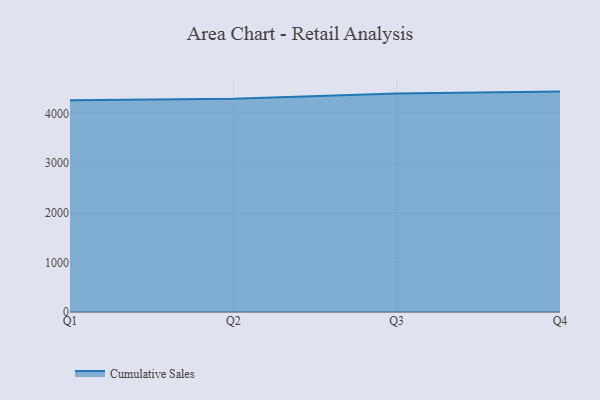
{"axis": {"x": "Quarter", "y": "Churn Rate (%)"}, "legend": ["Cumulative Sales"], "data": [{"x": "Q1", "y": 4265.5, "type": "Cumulative Sales"}, {"x": "Q2", "y": 4295.5, "type": "Cumulative Sales"}, {"x": "Q3", "y": 4403.8, "type": "Cumulative Sales"}, {"x": "Q4", "y": 4440.1, "type": "Cumulative Sales"}]}